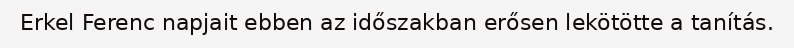
Erkel Ferenc napjait ebben az időszakban erősen lekötötte a tanítás.